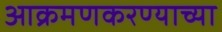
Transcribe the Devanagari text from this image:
आक्रमणकरण्याच्या